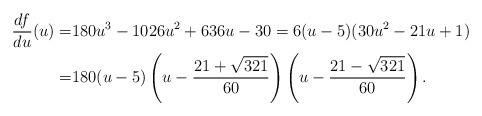
LaTeX: \begin{align*}\frac{df}{du}(u)=&180u^{3}-1026u^{2}+636u-30=6(u-5)(30u^{2}-21u+1)\\=&180(u-5)\left( u- \frac{21+ \sqrt{321}}{60}\right)\left( u- \frac{21- \sqrt{321}}{60}\right).\end{align*}